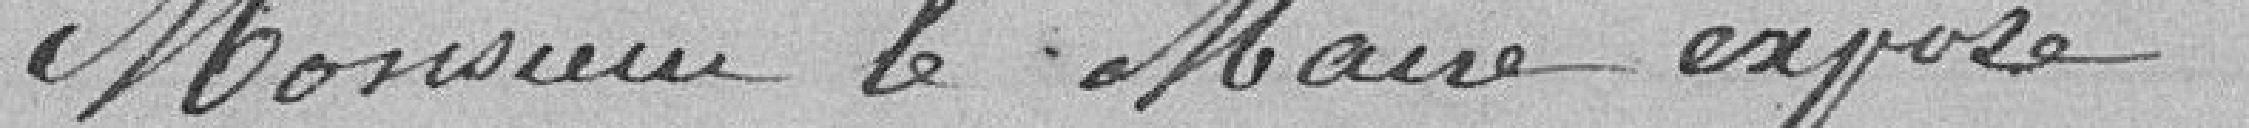
Monsieur le Maire expose :